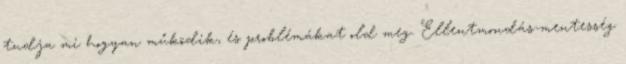
tudja mi hogyan működik, és problémákat old meg. Ellentmondás-mentesség